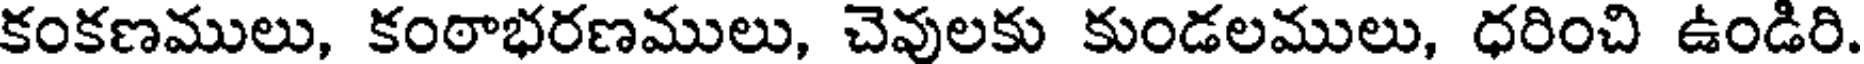
కంకణములు, కంఠాభరణములు, చెవులకు కుండలములు, ధరించి ఉండిరి.